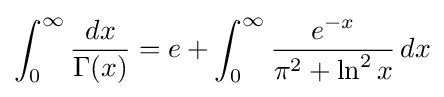
\int _{0}^{\infty }{\frac {dx}{\Gamma (x)}}=e+\int _{0}^{\infty }{\frac {e^{-x}}{\pi ^{2}+\ln ^{2}x}}\,dx